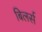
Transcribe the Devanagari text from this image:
बिलर्स